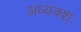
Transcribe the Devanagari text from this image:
अध्यक्श्ः